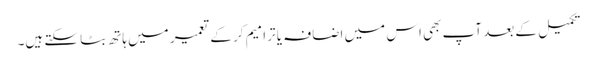
تکمیل کے بعد آپ بھی اس میں اضافہ یا ترامیم کر کے تعمیر میں ہاتھ بٹا سکتے ہیں۔